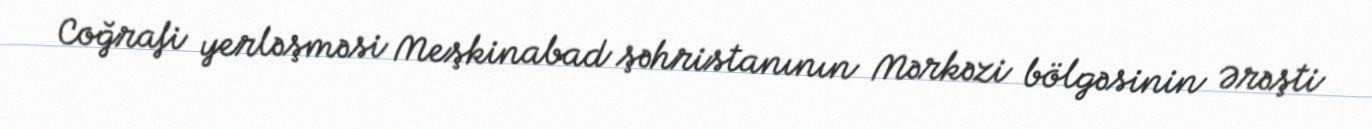
Coğrafi yerləşməsi Meşkinabad şəhristanının Mərkəzi bölgəsinin Ərəşti